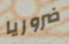
ضروريا